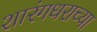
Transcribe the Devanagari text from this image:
शारंगधराच्या